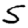
Digit: 5